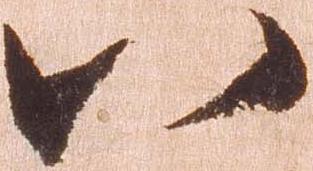
八